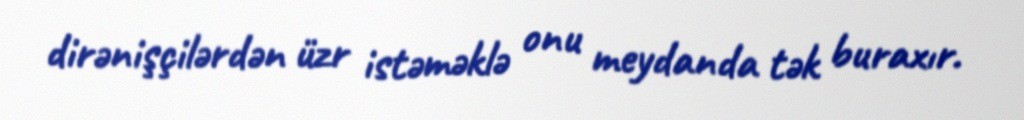
dirənişçilərdən üzr istəməklə onu meydanda tək buraxır.